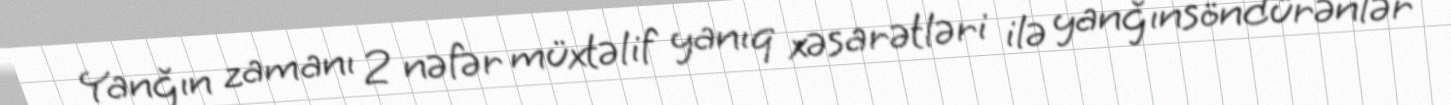
Yanğın zamanı 2 nəfər müxtəlif yanıq xəsarətləri ilə yanğınsöndürənlər